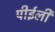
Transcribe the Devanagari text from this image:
पीईली